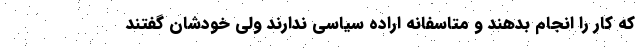
که کار را انجام بدهند و متاسفانه اراده سیاسی ندارند ولی خودشان گفتند